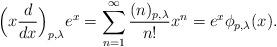
LaTeX: \begin{align*}\Big(x\frac{d}{dx}\Big)_{p,\lambda}e^{x}=\sum_{n=1}^{\infty}\frac{(n)_{p,\lambda}}{n!}x^{n}=e^{x}\phi_{p,\lambda}(x). \end{align*}